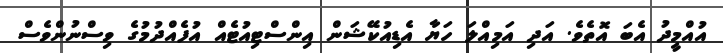
އުއްމީދު އެބަ އޮތެވެ. އަދި އަމިއްލަ ހަޔާ އެޑިއުކޭޝަން އިންސްޓިއުޓެއް އުފެއްްދުމުގެ ވިސްނުންވެސް